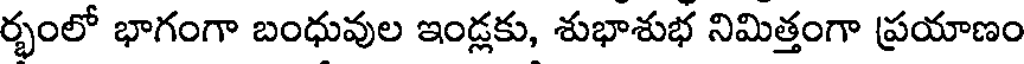
ర్భంలో భాగంగా బంధువుల ఇండ్లకు, శుభాశుభ నిమిత్తంగా ప్రయాణం